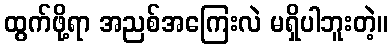
ထွက်ဖို့ရာ အညစ်အကြေးလဲ မရှိပါဘူးတဲ့။